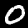
Digit: 0